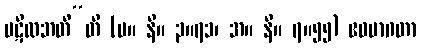
ပဋိလဘတီ”တိ (မ။ နိ။ ၃။၇၁၊ အ။ နိ။ ၇။၅၅) ဧဝမာဂတာ